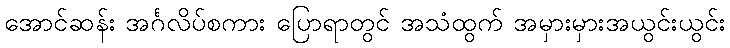
အောင်ဆန်း အင်္ဂလိပ်စကား ပြောရာတွင် အသံထွက် အမှားမှားအယွင်းယွင်း